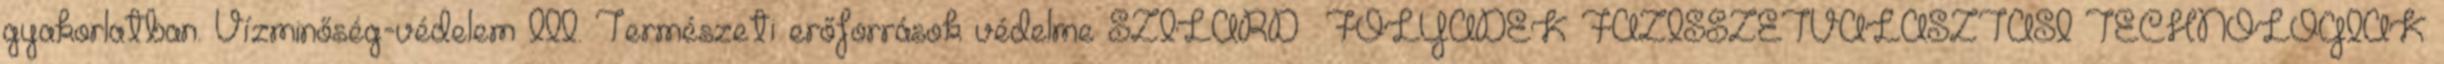
gyakorlatban. Vízminőség-védelem III. Természeti erőforrások védelme SZILÁRD FOLYADÉK FÁZISSZÉTVÁLASZTÁSI TECHNOLÓGIÁK